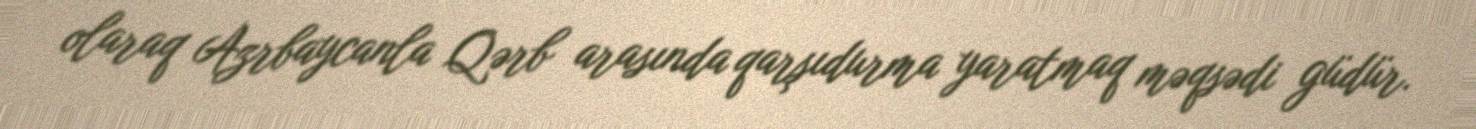
olaraq Azrbaycanla Qərb arasında qarşıdurma yaratmaq məqsədi güdür.